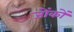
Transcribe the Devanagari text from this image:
जोंकों